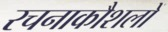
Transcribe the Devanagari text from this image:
रचनाकौशलों